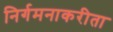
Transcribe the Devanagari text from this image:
निर्गमनाकरीता